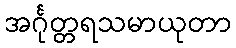
အင်္ဂုတ္တရသမာယုတာ